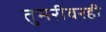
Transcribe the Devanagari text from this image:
तुमरीवरही